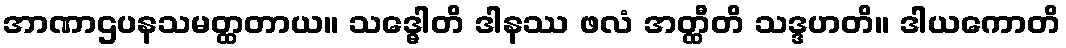
အာဏာဌပနသမတ္ထတာယ။ သဒ္ဓေါတိ ဒါနဿ ဖလံ အတ္ထီတိ သဒ္ဒဟတိ။ ဒါယကောတိ